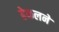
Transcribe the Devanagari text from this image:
हेकलने